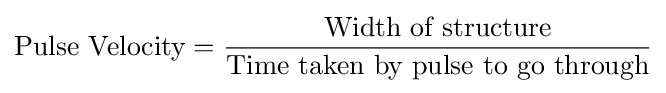
{\text{Pulse Velocity}}={\frac {\text{Width of structure}}{\text{Time taken by pulse to go through}}}